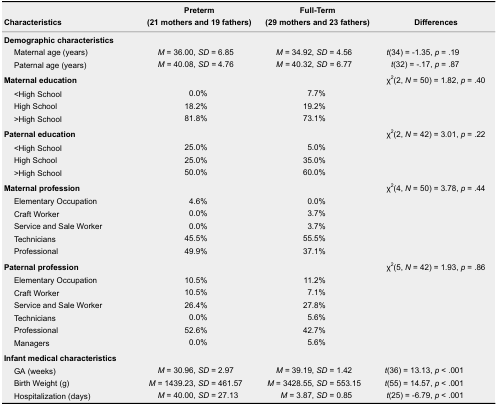
<table><thead><tr><td><b>Characteristics</b></td><td><b>Preterm(21 mothers and 19 fathers)</b></td><td><b>Full-Term(29 mothers and 23 fathers)</b></td><td><b>Differences</b></td></tr></thead><tbody><tr><td colspan="4"><b>Demographic characteristics</b></td></tr><tr><td>Maternal age (years)</td><td><i>M</i> = 36.00, <i>SD</i> = 6.85</td><td><i>M</i> = 34.92, <i>SD</i> = 4.56</td><td><i>t</i>(34) = -1.35, <i>p</i> = .19</td></tr><tr><td>Paternal age (years)</td><td><i>M =</i> 40.08, <i>SD =</i> 4.76</td><td><i>M =</i> 40.32, <i>SD =</i> 6.77</td><td><i>t</i>(32) = -.17, <i>p</i> = .87</td></tr><tr><td colspan="3"><b>Maternal education</b></td><td>χ<sup>2</sup>(2, <i>N</i> = 50) = 1.82, <i>p</i> = .40</td></tr><tr><td>&lt;High School</td><td>0.0%</td><td>7.7%</td><td rowspan="3"></td></tr><tr><td>High School</td><td>18.2%</td><td>19.2%</td></tr><tr><td>&gt;High School</td><td>81.8%</td><td>73.1%</td></tr><tr><td colspan="3"><b>Paternal education</b></td><td>χ<sup>2</sup>(2, <i>N</i> = 42) = 3.01, <i>p</i> = .22</td></tr><tr><td>&lt;High School</td><td>25.0%</td><td>5.0%</td><td rowspan="3"></td></tr><tr><td>High School</td><td>25.0%</td><td>35.0%</td></tr><tr><td>&gt;High School</td><td>50.0%</td><td>60.0%</td></tr><tr><td colspan="3"><b>Maternal profession</b></td><td>χ<sup>2</sup>(4, <i>N</i> = 50) = 3.78, <i>p</i> = .44</td></tr><tr><td>Elementary Occupation</td><td>4.6%</td><td>0.0%</td><td rowspan="5"></td></tr><tr><td>Craft Worker</td><td>0.0%</td><td>3.7%</td></tr><tr><td>Service and Sale Worker</td><td>0.0%</td><td>3.7%</td></tr><tr><td>Technicians</td><td>45.5%</td><td>55.5%</td></tr><tr><td>Professional</td><td>49.9%</td><td>37.1%</td></tr><tr><td colspan="3"><b>Paternal profession</b></td><td>χ<sup>2</sup>(5, <i>N</i> = 42) = 1.93, <i>p</i> = .86</td></tr><tr><td>Elementary Occupation</td><td>10.5%</td><td>11.2%</td><td rowspan="6"></td></tr><tr><td>Craft Worker</td><td>10.5%</td><td>7.1%</td></tr><tr><td>Service and Sale Worker</td><td>26.4%</td><td>27.8%</td></tr><tr><td>Technicians</td><td>0.0%</td><td>5.6%</td></tr><tr><td>Professional</td><td>52.6%</td><td>42.7%</td></tr><tr><td>Managers</td><td>0.0%</td><td>5.6%</td></tr><tr><td colspan="4"><b>Infant medical characteristics</b></td></tr><tr><td>GA (weeks)</td><td><i>M</i> = 30.96, <i>SD</i> = 2.97</td><td><i>M</i> = 39.19, <i>SD</i> = 1.42</td><td><i>t</i>(36) = 13.13, <i>p</i> &lt; .001</td></tr><tr><td>Birth Weight (g)</td><td><i>M</i> = 1439.23, <i>SD</i> = 461.57</td><td><i>M</i> = 3428.55, <i>SD</i> = 553.15</td><td><i>t</i>(55) = 14.57, <i>p</i> &lt; .001</td></tr><tr><td>Hospitalization (days)</td><td><i>M</i> = 40.00, <i>SD</i> = 27.13</td><td><i>M</i> = 3.87, <i>SD</i> = 0.85</td><td><i>t</i>(25) = -6.79, <i>p</i> &lt; .001</td></tr></tbody></table>